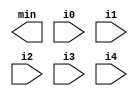
`timescale 1ns/1ps
module COMPARATOR_51(min, i0, i1, i2, i3, i4);
	//DO NOT CHANGE!
	output [2:0] min;
	input  [5:0] i0, i1, i2, i3, i4;
	
	//---------------------------------------------------
	//Write your design here




endmodule